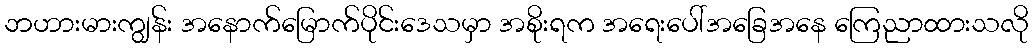
ဘဟားမားကျွန်း အနောက်မြောက်ပိုင်းဒေသမှာ အစိုးရက အရေးပေါ်အခြေအနေ ကြေညာထားသလို